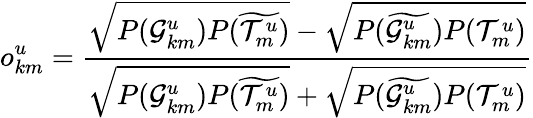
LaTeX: o_{km}^{u}=\frac{\sqrt{P(\mathcal{G}_{km}^{u})P(\widetilde{\mathcal{T}_{m}^{u}})}-\sqrt{P(\widetilde{\mathcal{G}_{km}^{u}})P(\mathcal{T}_{m}^{u})}}{\sqrt{P(\mathcal{G}_{km}^{u})P(\widetilde{\mathcal{T}_{m}^{u}})}+\sqrt{P(\widetilde{\mathcal{G}_{km}^{u}})P(\mathcal{T}_{m}^{u})}}